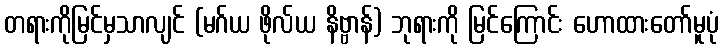
တရားကိုမြင်မှသာလျင် (မဂ်ယ ဖိုလ်ယ နိဗ္ဗာန်) ဘုရားကို မြင်ကြောင်း ဟောထားတော်မူပုံ